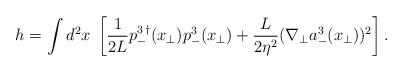
LaTeX: \begin{align*}h = \int d^2x \; \left[ \frac{1}{2 L} p^{3\,\dagger}_-({x}_{\bot}) p^{3}_-({x}_{\bot})+ \frac{L}{2\eta^2} (\nabla_{\bot} a^3_-({x}_{\bot}))^2\right].\end{align*}